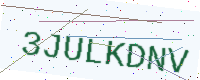
Text: 3JULKDNV